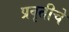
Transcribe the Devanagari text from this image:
प्रवृतीचे